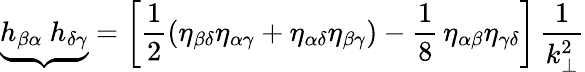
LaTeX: {\underbrace{h_{\beta\alpha}~h_{\delta\gamma}}}=\left[\frac{1}{2}\left(\eta_{\beta\delta}\eta_{\alpha\gamma}+\eta_{\alpha\delta}\eta_{\beta\gamma}\right)-\frac{1}{8}\, \eta_{\alpha\beta}\eta_{\gamma\delta}\right]\, \frac{1}{k_{\bot}^{2}}